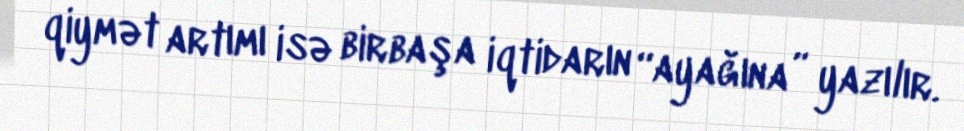
qiymət artımı isə birbaşa iqtidarın “ayağına” yazılır.